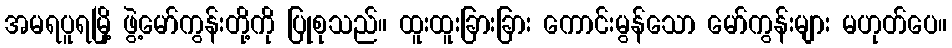
အမရပူရမြို့ ဖွဲ့မော်ကွန်းတို့ကို ပြုစုသည်။ ထူးထူးခြားခြား ကောင်းမွန်သော မော်ကွန်းများ မဟုတ်ပေ။